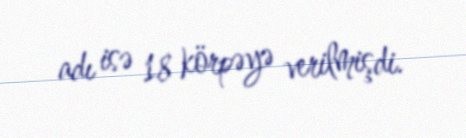
adı isə 18 körpəyə verilmişdi.